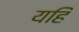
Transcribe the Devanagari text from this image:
यहिं